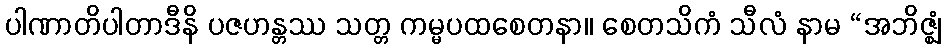
ပါဏာတိပါတာဒီနိ ပဇဟန္တဿ သတ္တ ကမ္မပထစေတနာ။ စေတသိကံ သီလံ နာမ “အဘိဇ္ဈံ